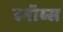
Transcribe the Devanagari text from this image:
स्नॉब्स